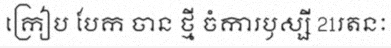
ក្រៀប បែក ចាន ថ្មី ចំការឫស្សី 21រតនៈ